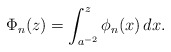
\begin{align*}\Phi_{n}(z) = \int_{a^{-2}}^{z} \phi_{n}(x) \, dx .\end{align*}